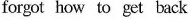
forgot how to get back